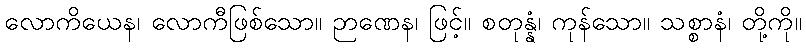
လောကိယေန၊ လောကီဖြစ်သော။ ဉာဏေန၊ ဖြင့်။ စတုန္နံ၊ ကုန်သော။ သစ္စာနံ၊ တို့ကို။